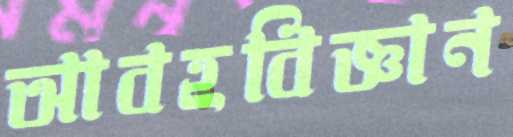
আবহবিজ্ঞান